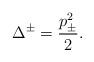
LaTeX: \begin{align*}\Delta ^{\pm }=\displaystyle\frac{p^{2}_{\pm }}{2}.\end{align*}